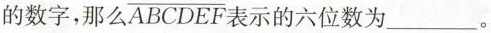
的数字，那么 \overline{ABCDEF} 表示的六位数为___。